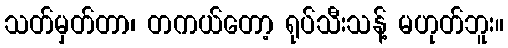
သတ်မှတ်တာ၊ တကယ်တော့ ရုပ်သီးသန့် မဟုတ်ဘူး။